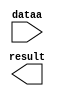
module lpm_mult_kal (
	dataa,
	result);

	input	[13:0]  dataa;
	output	[15:0]  result;

endmodule